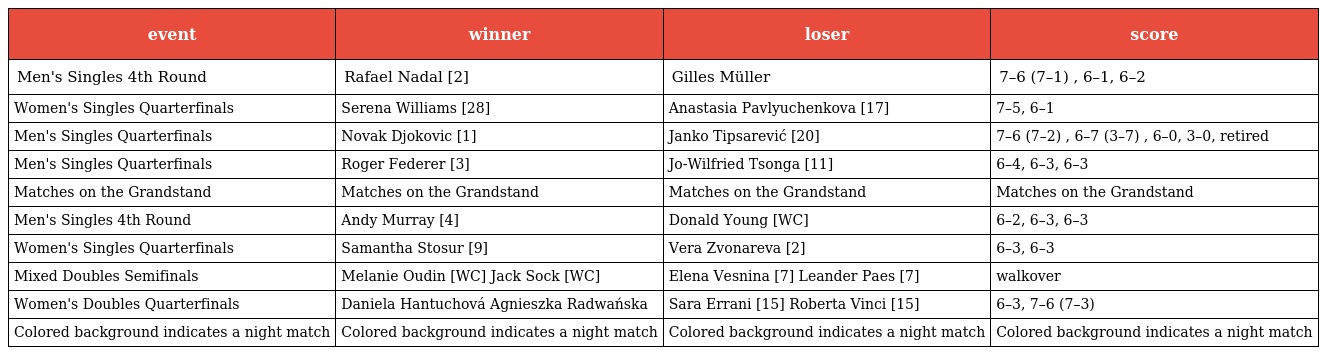
| event | winner | loser | score |
 | --- | --- | --- | --- |
 | Men's Singles 4th Round | Rafael Nadal [2] | Gilles Müller | 7–6 (7–1) , 6–1, 6–2 |
 | Women's Singles Quarterfinals | Serena Williams [28] | Anastasia Pavlyuchenkova [17] | 7–5, 6–1 |
 | Men's Singles Quarterfinals | Novak Djokovic [1] | Janko Tipsarević [20] | 7–6 (7–2) , 6–7 (3–7) , 6–0, 3–0, retired |
 | Men's Singles Quarterfinals | Roger Federer [3] | Jo-Wilfried Tsonga [11] | 6–4, 6–3, 6–3 |
 | Matches on the Grandstand | Matches on the Grandstand | Matches on the Grandstand | Matches on the Grandstand |
 | Men's Singles 4th Round | Andy Murray [4] | Donald Young [WC] | 6–2, 6–3, 6–3 |
 | Women's Singles Quarterfinals | Samantha Stosur [9] | Vera Zvonareva [2] | 6–3, 6–3 |
 | Mixed Doubles Semifinals | Melanie Oudin [WC] Jack Sock [WC] | Elena Vesnina [7] Leander Paes [7] | walkover |
 | Women's Doubles Quarterfinals | Daniela Hantuchová Agnieszka Radwańska | Sara Errani [15] Roberta Vinci [15] | 6–3, 7–6 (7–3) |
 | Colored background indicates a night match | Colored background indicates a night match | Colored background indicates a night match | Colored background indicates a night match |